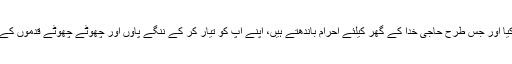
جابر اور عطیّہ نے فرات کے پانی میں غسل کیا اور جس طرح حاجی خدا کے گھر کیلئے احرام باندھتے ہیں، اپنے آپ کو تیار کر کے ننگے پاؤں اور چھوٹے چھوٹے قدموں کے ساتھ شہداء کے مزار کی طر ف روانہ ہوئے۔